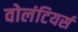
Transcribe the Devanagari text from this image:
वोलंटियर्स